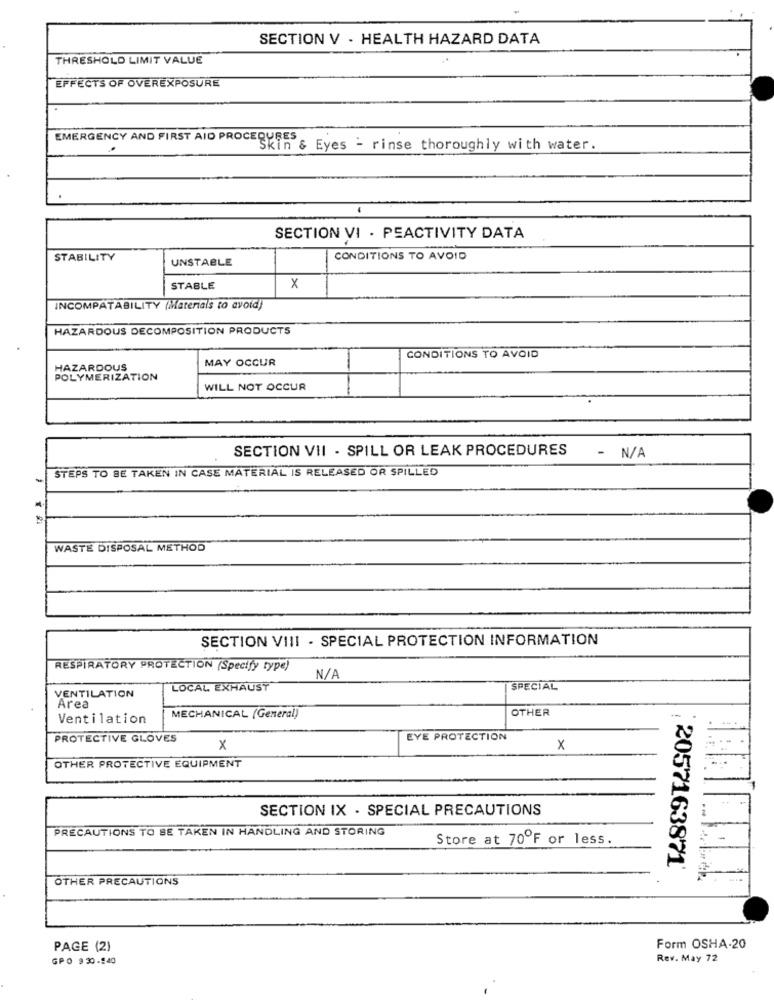
SECTION V . HEALTH HAZARD DATA
THRESHOLD LIMIT VALUE
EFFECTS OF OVEREXPOSURE
EMERGENCY AND FIRST AID PROCEDURES
.
Skin & Eyes - rinse thoroughly with water.
SECTION VI . PEACTIVITY DATA
STABILITY
UNSTABLE
CONDITIONS TO AVOID
STABLE
x
INCOMPATABILITY (Materials to avoid)
HAZARDOUS DECOMPOSITION PRODUCTS
MAY OCCUR
CONDITIONS TO AVOID
HAZARDOUS
POLYMERIZATION
WILL NOT OCCUR
SECTION VII - SPILL OR LEAK PROCEDURES
- N/A
STEPS TO BE TAKEN IN CASE MATERIAL IS RELEASED OR SPILLED
WASTE DISPOSAL METHOD
SECTION VIII - SPECIAL PROTECTION INFORMATION
RESPIRATORY PROTECTION (Specify type)
LOCAL EXHAUST
SPECIAL
VENTILATION
Area
OTHER
Ventilation
MECHANICAL (General)
PROTECTIVE GLOVES
EYE PROTECTION
x
x
OTHER PROTECTIVE EQUIPMENT
SECTION IX - SPECIAL PRECAUTIONS
PRECAUTIONS TO BE TAKEN IN HANDLING AND STORING
Store at 70ºF or less.
2057163871'
OTHER PRECAUTIONS
PAGE (2)
Form OSHA-20
GPO 930-240
Rev. May 72